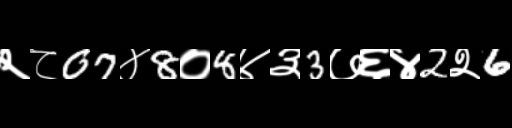
Text: २८07४8०8४३3७६४2२6